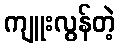
ကျူးလွန်တဲ့